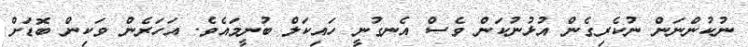
ނުކުންނަން ނުކެރިގެން އުޅުނުކަން ވެސް އެނގުނީ ހައިކަލް ބުނީމައެވެ. އަހަރެން ވަކިން ބޮޑަށް